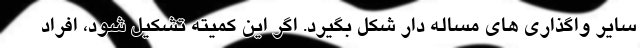
سایر واگذاری های مساله دار شکل بگیرد. اگر این کمیته تشکیل شود، افراد